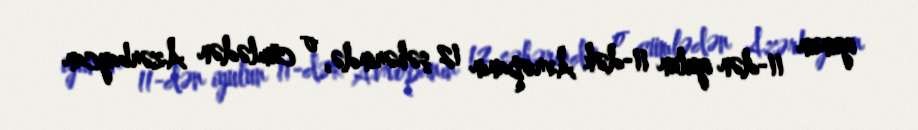
iyunun 11-dən iyulun 11-dək Avropanın 12 şəhərində, o cümlədən Azərbaycan